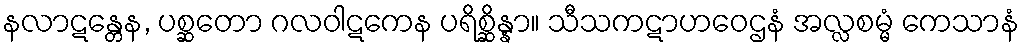
နလာဋန္တေန, ပစ္ဆတော ဂလဝါဋကေန ပရိစ္ဆိန္နာ။ သီသကဋာဟဝေဌနံ အလ္လစမ္မံ ကေသာနံ